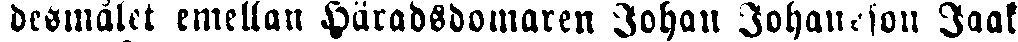
desmålet emellan Häradsdomaren Johan Johansson Jaak.